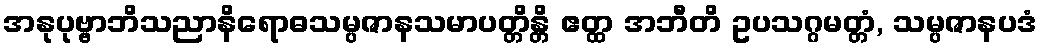
အနုပုဗ္ဗာဘိသညာနိရောဓသမ္ပဇာနသမာပတ္တိန္တိ ဧတ္ထ အဘီတိ ဥပသဂ္ဂမတ္တံ, သမ္ပဇာနပဒံ